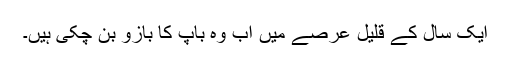
ایک سال کے قلیل عرصے میں اب وہ باپ کا بازو بن چکی ہیں۔